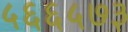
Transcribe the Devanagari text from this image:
५६६५७३